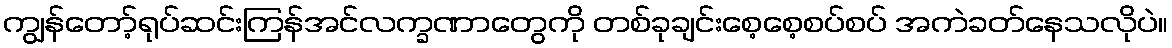
ကျွန်တော့်ရုပ်ဆင်းကြန်အင်လက္ခဏာတွေကို တစ်ခုချင်းစေ့စေ့စပ်စပ် အကဲခတ်နေသလိုပဲ။